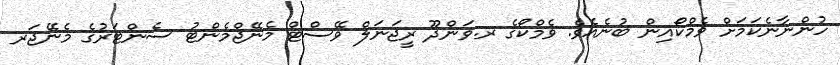
ހުންނާނެކަމަށް ވެމްކޯއިން ބުނެއެވެ. ވެމްކޯގެ ރ.ވަންދޫ ރީޖަނަލް ވޭސްޓް މެނޭޖްމެންޓު ސެންޓަރުގެ މެނޭޖަރ